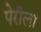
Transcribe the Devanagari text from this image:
पेरीला